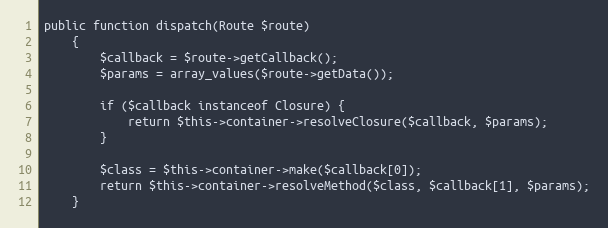
Language: PHP
public function dispatch(Route $route)
    {
        $callback = $route->getCallback();
        $params = array_values($route->getData());

        if ($callback instanceof Closure) {
            return $this->container->resolveClosure($callback, $params);
        }

        $class = $this->container->make($callback[0]);
        return $this->container->resolveMethod($class, $callback[1], $params);
    }